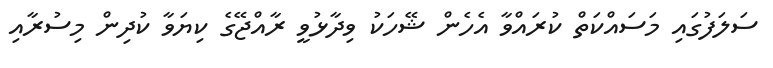
ސަލަފުގައި މަސައްކަތް ކުރައްވާ އެހެން ޝޭހަކު ވިދާޅުވީ ރާއްޖޭގެ ކިޔަވާ ކުދިން މިސުރާއި